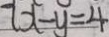
x - y = 4